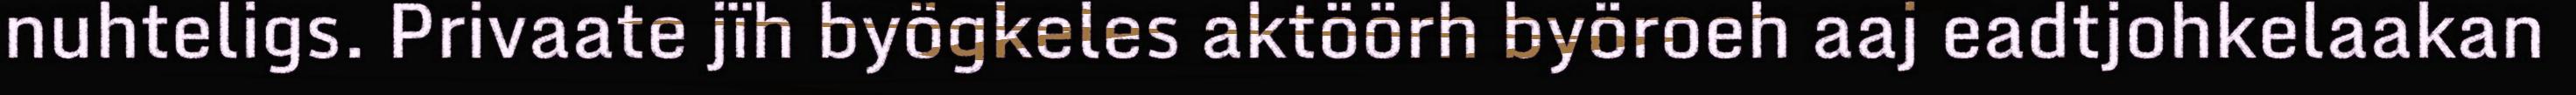
nuhteligs. Privaate jïh byögkeles aktöörh byöroeh aaj eadtjohkelaakan